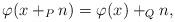
LaTeX: \begin{align*}\varphi(x+_P n)=\varphi(x)+_Q n,\end{align*}